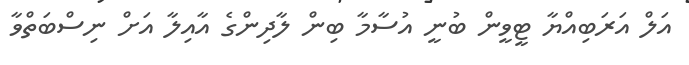
އަލް އަރަބިއްޔާ ޓީވީން ބުނީ އުސާމާ ބިން ލާދިންގެ އާއިލާ އަށް ނިސްބަތްވާ